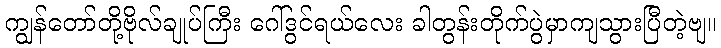
ကျွန်တော်တို့ဗိုလ်ချုပ်ကြီး ဂေါ်ဒွင်ရယ်လေး ခါတွန်းတိုက်ပွဲမှာကျသွားပြီတဲ့ဗျ။